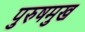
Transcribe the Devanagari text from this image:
पुरुषमुख